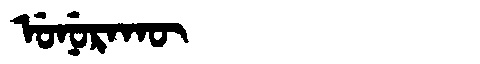
Manchu: ᡠᠨᡠᡵᠠᡴᡡ
Romanization: UNURAKŪ